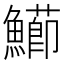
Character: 𩼚